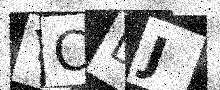
Text: YCLJ